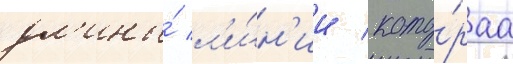
дл'ины́ л'и́н'ии / кото́раа